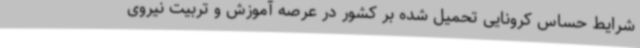
شرایط حساس کرونایی تحمیل شده بر کشور در عرصه آموزش و تربیت نیروی